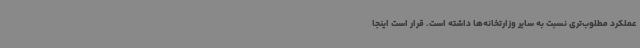
عملکرد مطلوب‌تری نسبت به سایر وزارتخانه‌ها داشته است. قرار است اینجا